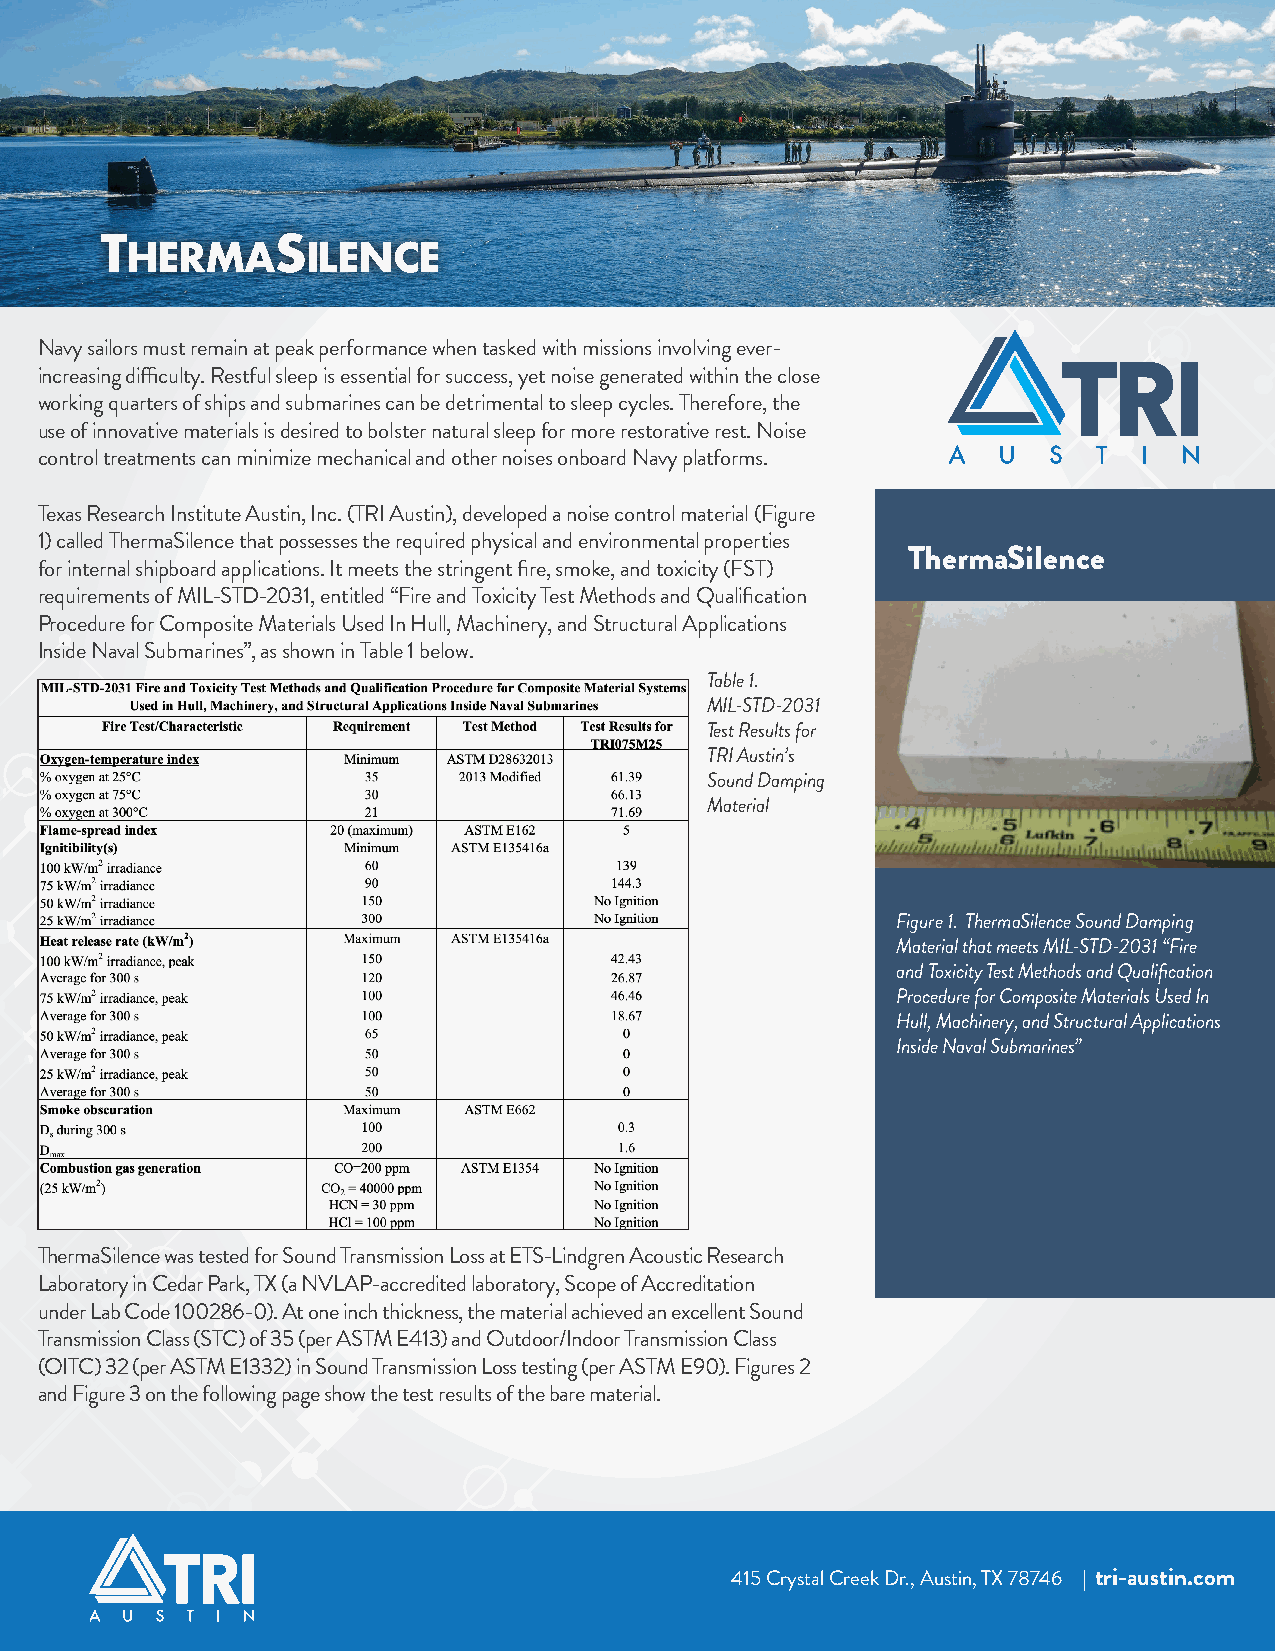
T          S
 herma       ilence
 Navy sailors must remain at peak performance when tasked with missions involving ever-
 increasing difficulty. Restful sleep is essential for success, yet noise generated within the close
 working quarters of ships and submarines can be detrimental to sleep cycles. Therefore, the
 use of innovative materials is desired to bolster natural sleep for more restorative rest. Noise
 control treatments can minimize mechanical and other noises onboard Navy platforms.
 Texas Research Institute Austin, Inc. (TRI Austin), developed a noise control material (Figure
 1) called ThermaSilence that possesses the required physical and environmental properties
 ThermaSilence
 for internal shipboard applications. It meets the stringent fire, smoke, and toxicity (FST)
 requirements of MIL-STD-2031, entitled “Fire and Toxicity Test Methods and Qualification
 Procedure for Composite Materials Used In Hull, Machinery, and Structural Applications
 Inside Naval Submarines”, as shown in Table 1 below.
 Table 1.
 MIL-STD-2031
 Test Results for
 TRI Austin’s
 Sound Damping
 Material
 Figure 1. ThermaSilence Sound Damping
 Material that meets MIL-STD-2031 “Fire
 and Toxicity Test Methods and Qualification
 Procedure for Composite Materials Used In
 Hull, Machinery, and Structural Applications
 Inside Naval Submarines”
 ThermaSilence was tested for Sound Transmission Loss at ETS-Lindgren Acoustic Research
 Laboratory in Cedar Park, TX (a NVLAP-accredited laboratory, Scope of Accreditation
 under Lab Code 100286-0). At one inch thickness, the material achieved an excellent Sound
 Transmission Class (STC) of 35 (per ASTM E413) and Outdoor/Indoor Transmission Class
 (OITC) 32 (per ASTM E1332) in Sound Transmission Loss testing (per ASTM E90). Figures 2
 and Figure 3 on the following page show the test results of the bare material.
 415 Crystal Creek Dr., Austin, TX 78746 | tri-austin.com